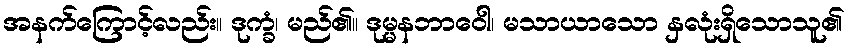
အနက်ကြောင့်လည်း။ ဒုက္ခံ၊ မည်၏။ ဒုမ္မနဘာဝေါ၊ မသာယာသော နှလုံးရှိသောသူ၏